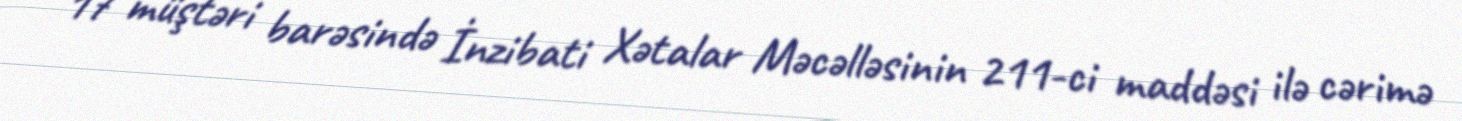
17 müştəri barəsində İnzibati Xətalar Məcəlləsinin 211-ci maddəsi ilə cərimə